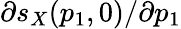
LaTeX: \partial s_{X}(p_{1},0)/\partial p_{1}